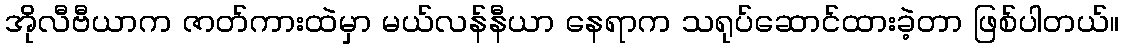
အိုလီဗီယာက ဇာတ်ကားထဲမှာ မယ်လန်နီယာ နေရာက သရုပ်ဆောင်ထားခဲ့တာ ဖြစ်ပါတယ်။